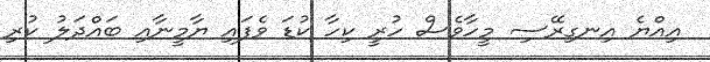
އިއްޔެ އިނގިރޭސި މީހާވެސް ހުރީ ކިހާ ކުޑަ ވެފައި ޔާމީނާއި ބައްދަލު ކުރި